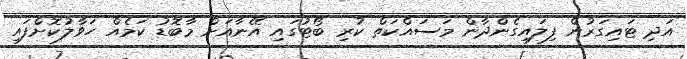
އަދި ޓައިގަރުން ފިލައިގެންދާން މަސައްކަތް ކުރި ބޯޓުގައި އޭނާއަށް މާބޮޑު ކަމެއް ހަވާލުކޮށްފައި